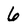
Character: 6